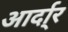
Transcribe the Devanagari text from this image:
आर्दा्र